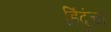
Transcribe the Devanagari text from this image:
हिंदुंचा